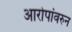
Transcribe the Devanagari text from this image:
आरोपांवरुन